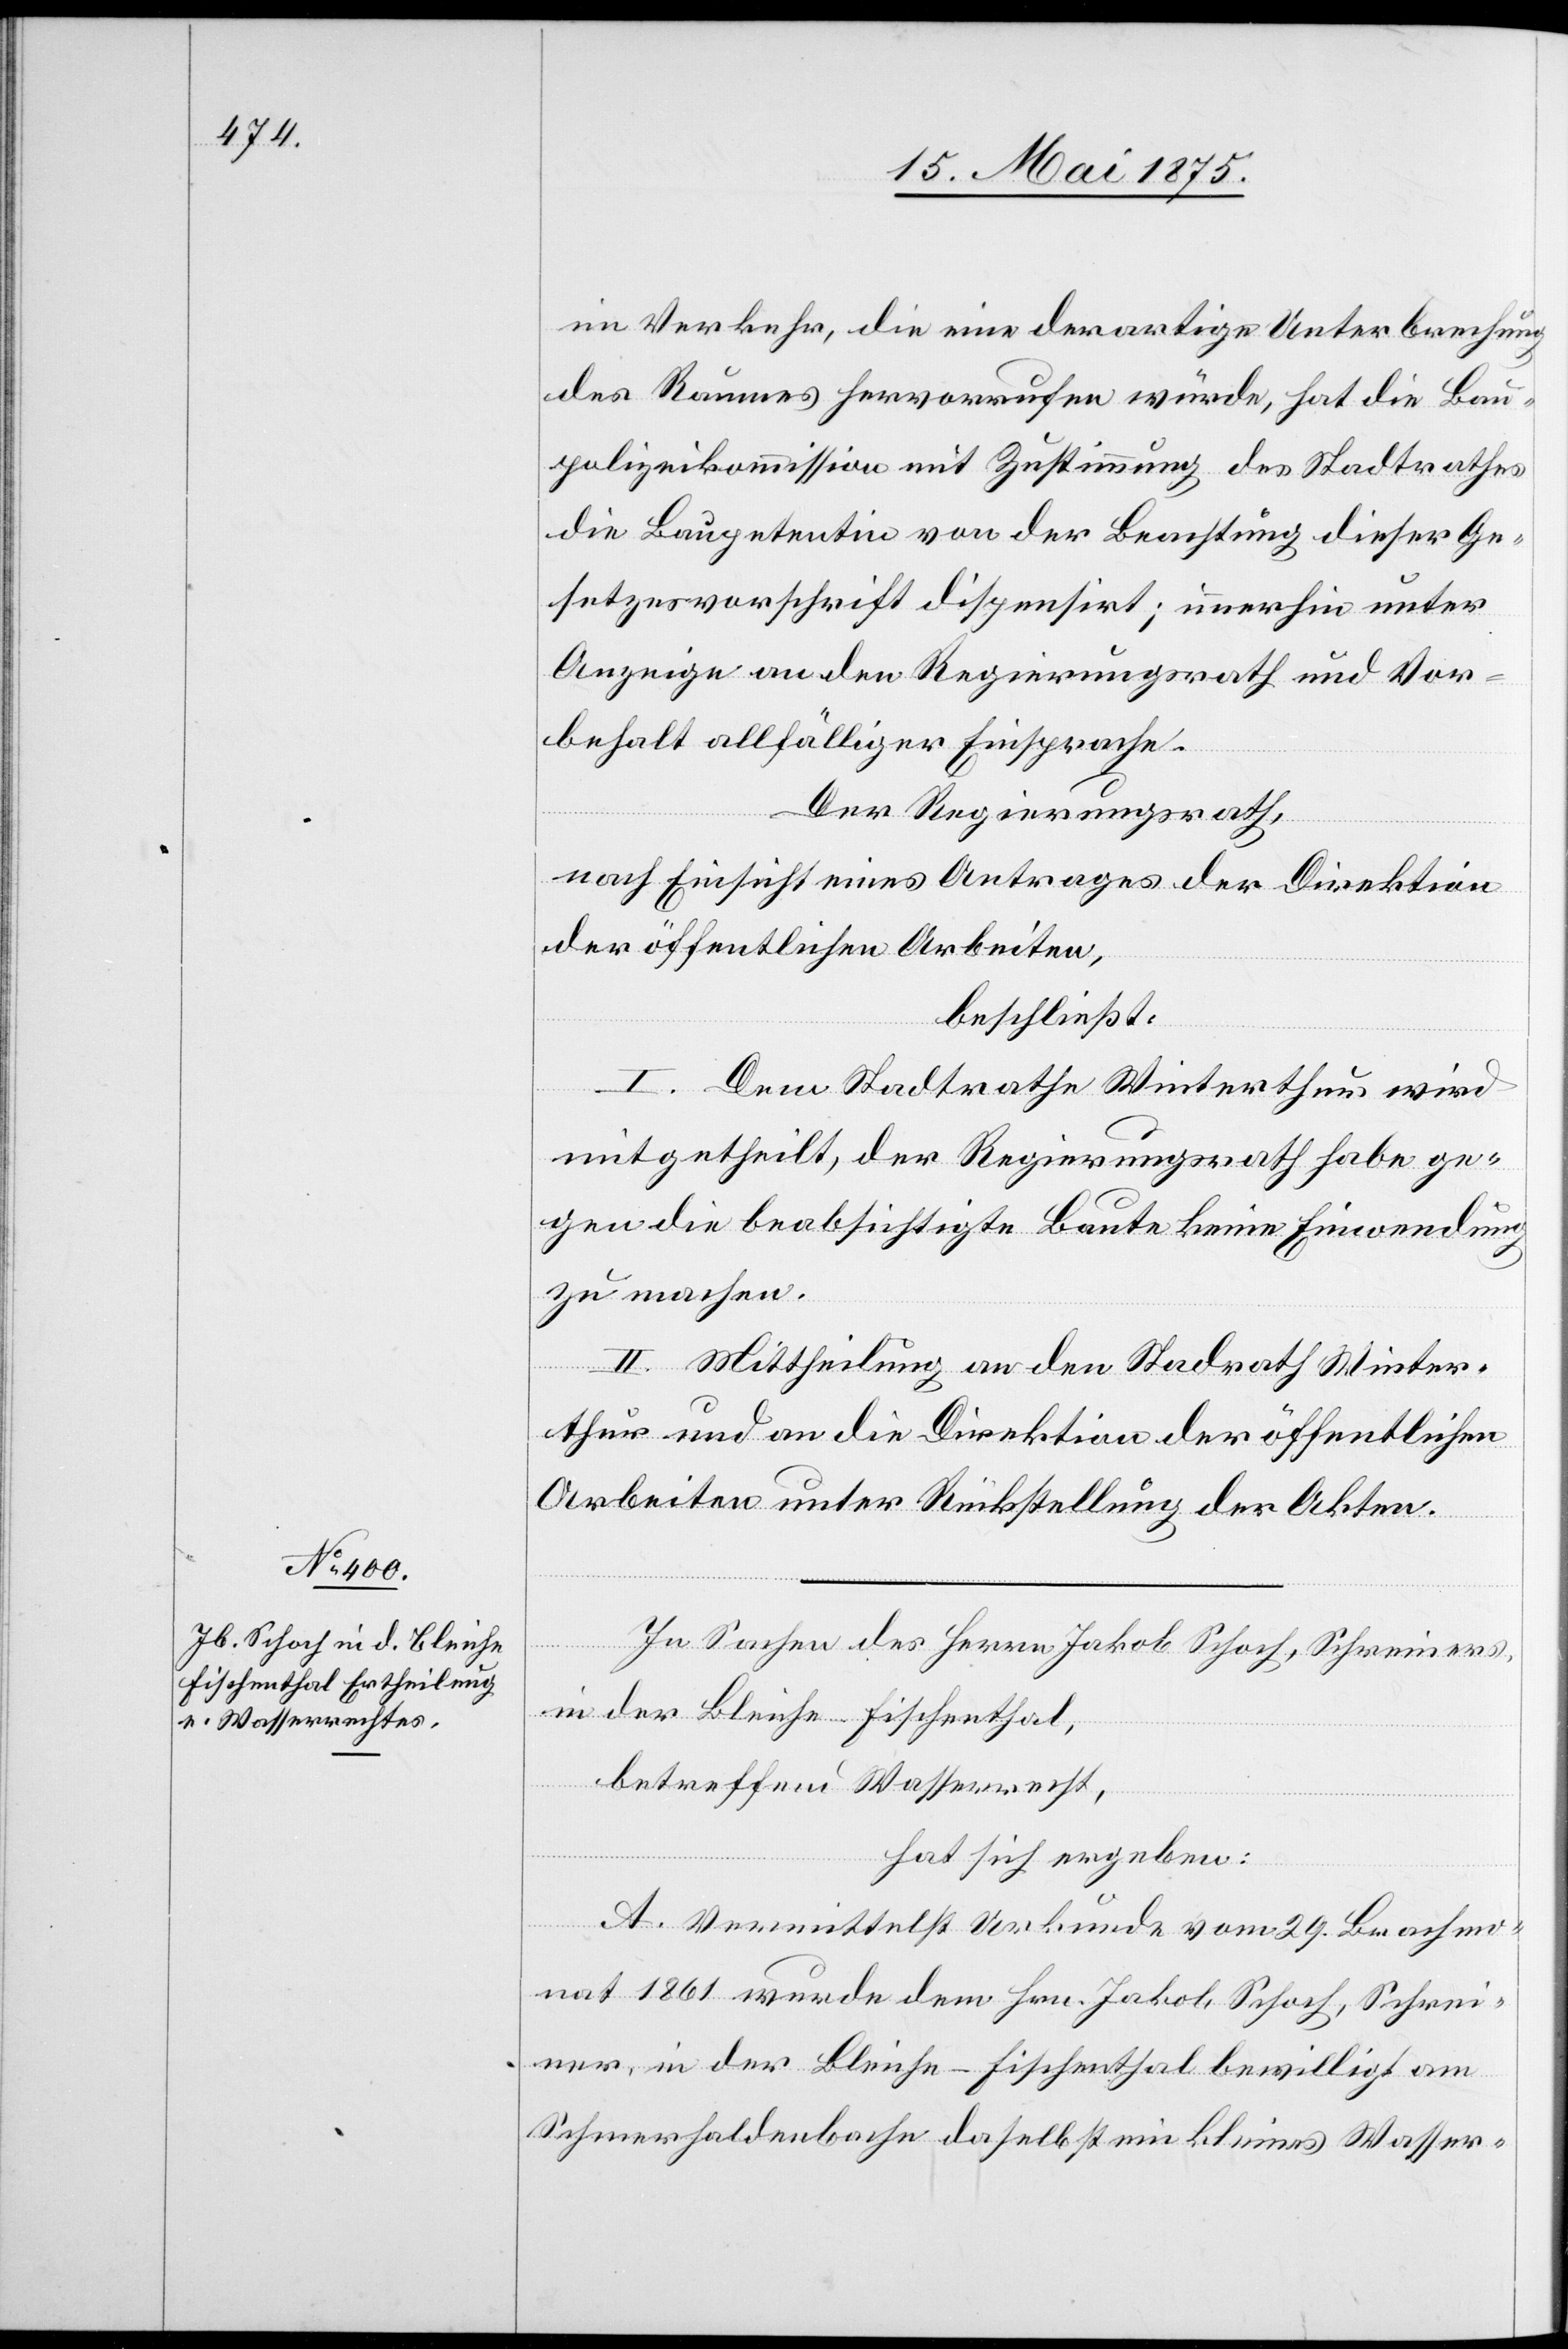
im Verkehr, die eine derartige Unterbrechung
des Raumes hervorrufen würde, hat die Bau¬
polizeikommission mit Zustimmung des Stadtrathes
die Baupetentin von der Beachtung dieser Ge¬
setzesvorschrift dispensirt; immerhin unter
Anzeige an den Regierungsrath und Vor¬
behalt allfälliger Einsprache.
Der Regierungsrath,
nach Einsicht eines Antrages der Direktion
der öffentlichen Arbeiten,
beschließt:
I. Dem Stadtrathe Winterthur wird
mitgetheilt der Regierungsrath habe ge¬
gen die beabsichtigte Baute keine Einwendung
zu machen.
II. Mittheilung an den Stadtrath Winter¬
thur und an die Direktion der öffentlichen
Arbeiten unter Rückstellung der Akten.
In Sachen des Herrn Jakob Schoch, Schreiners,
in der Bleiche - Fischenthal,
betreffend Wasserrecht,
hat sich ergeben:
A. Vermittelst Urkunde vom 29. Brachmo¬
nat 1861 wurde dem Hrn. Jakob Schoch, Schrei¬
ner in der Gemeinde Fischenthal bewilligt am
Schmerhaldenbache daselbst ein kleines Wasser-